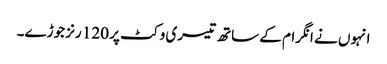
انہوں نے انگرام کے ساتھ تیسری وکٹ پر 120 رنز جوڑے۔